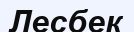
Лесбек